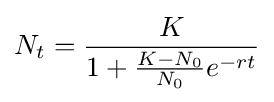
N_{t}={\frac {K}{1+{\frac {K-N_{0}}{N_{0}}}e^{-rt}}}